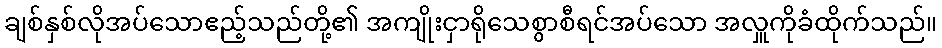
ချစ်နှစ်လိုအပ်သောဧည့်သည်တို့၏ အကျိုးငှာရိုသေစွာစီရင်အပ်သော အလှူကိုခံထိုက်သည်။